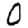
Digit: 0